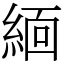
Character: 𬗟